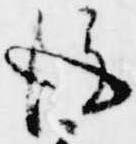
後